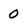
Character: 0